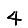
Digit: 4